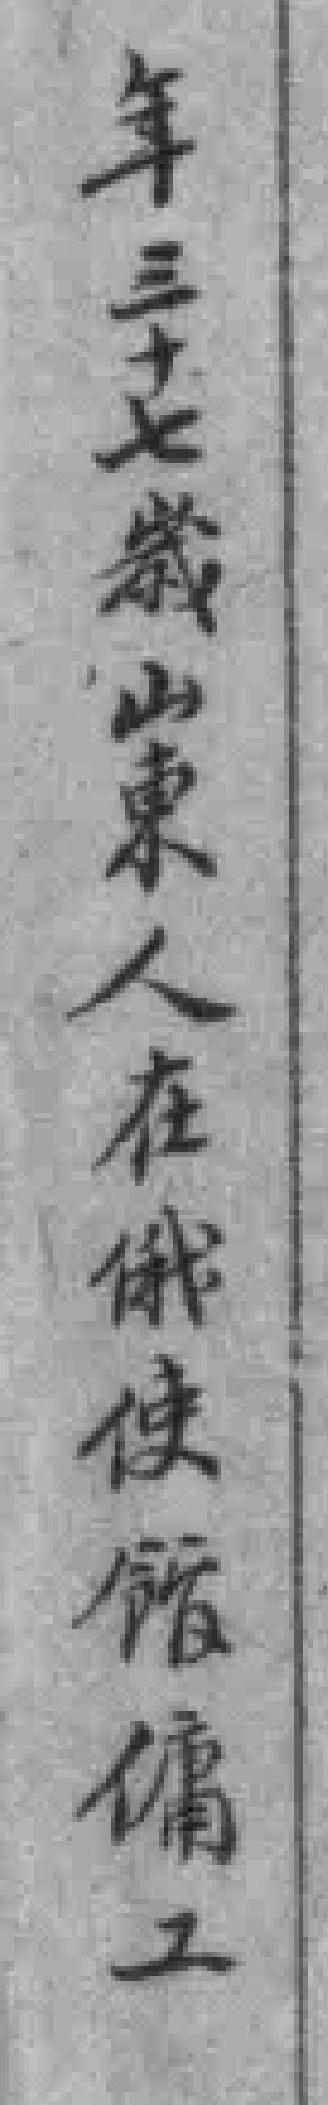
年三十七歲山東人在俄使館傭工